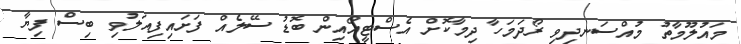
މައުލޫމާތު މުއްސަނދިވި ރޯދަމަހާ ދިމާކޮށް އެސްޓީއޯއިން ބޮޑު ސޭލެއް ފަށަައިފިއަލުވި ބިސް ފިޔާ